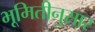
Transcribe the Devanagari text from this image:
भूमितीनुसार